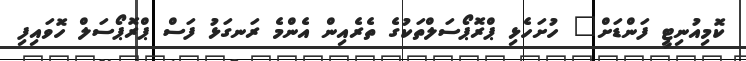
ކޮމިއުނިޓީ ފަންޑަށް" ހުށަހެޅި ޕްރޮޕޯސަލްތަކުގެ ތެރެއިން އެންމެ ރަނގަޅު ފަސް ޕްރޮޕޯސަލް ހޮވައިފި